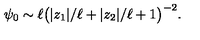
\psi _ { 0 } \sim \ell \big ( | z _ { 1 } | / \ell + | z _ { 2 } | / \ell + 1 \big ) ^ { - 2 } .